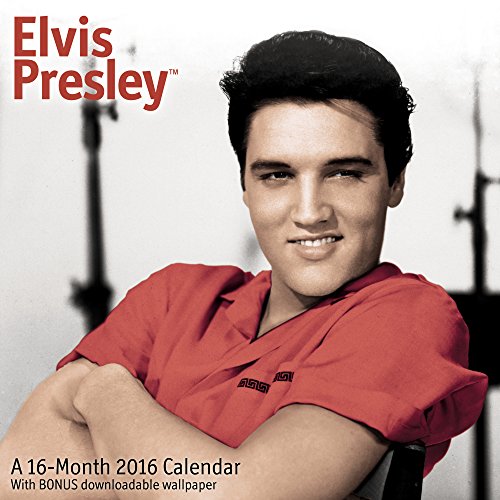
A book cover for Elvis Presley Wall Calendar (2016); Mead; Calendars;